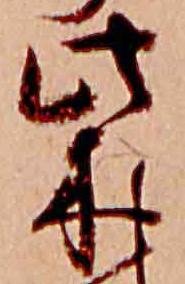
柴